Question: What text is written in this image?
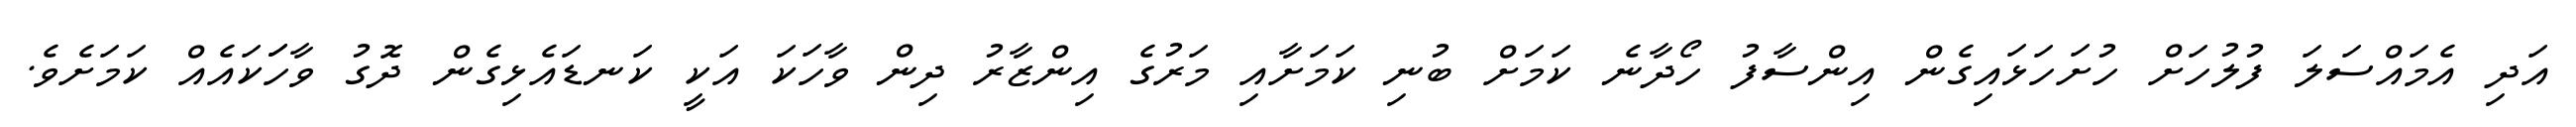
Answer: އަދި އެމައްސަލަ ފުލުހަށް ހުށަހަޅައިގެން އިންސާފު ހޯދާނެ ކަމަށް ބުނި ކަމަށާއި މަރުގެ އިންޒާރު ދިން ވާހަކަ އަކީ ކަނޑައެޅިގެން ދޮގު ވާހަަކައެއް ކަމަށެވެ.